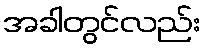
အခါတွင်လည်း